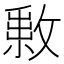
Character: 𢿔